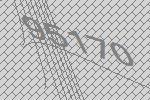
95170